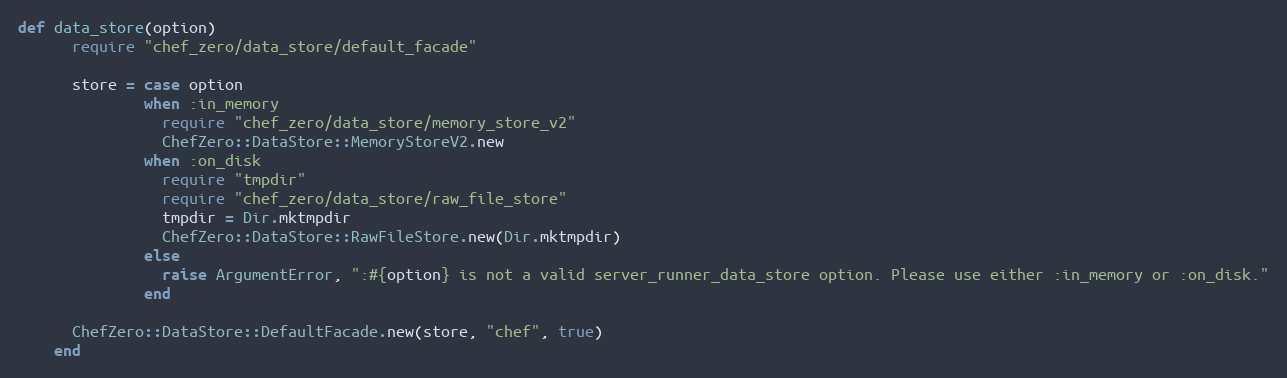
Language: Ruby
def data_store(option)
      require "chef_zero/data_store/default_facade"

      store = case option
              when :in_memory
                require "chef_zero/data_store/memory_store_v2"
                ChefZero::DataStore::MemoryStoreV2.new
              when :on_disk
                require "tmpdir"
                require "chef_zero/data_store/raw_file_store"
                tmpdir = Dir.mktmpdir
                ChefZero::DataStore::RawFileStore.new(Dir.mktmpdir)
              else
                raise ArgumentError, ":#{option} is not a valid server_runner_data_store option. Please use either :in_memory or :on_disk."
              end

      ChefZero::DataStore::DefaultFacade.new(store, "chef", true)
    end